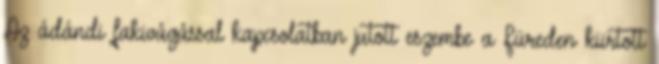
Az ádándi fakivágással kapcsolatban jutott eszembe a Füreden kiirtott